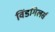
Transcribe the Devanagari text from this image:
विंडमिलर्स